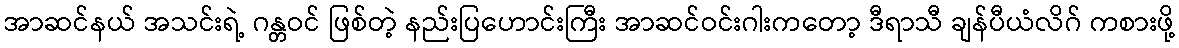
အာဆင်နယ် အသင်းရဲ့ ဂန္တဝင် ဖြစ်တဲ့ နည်းပြဟောင်းကြီး အာဆင်ဝင်းဂါးကတော့ ဒီရာသီ ချန်ပီယံလိဂ် ကစားဖို့